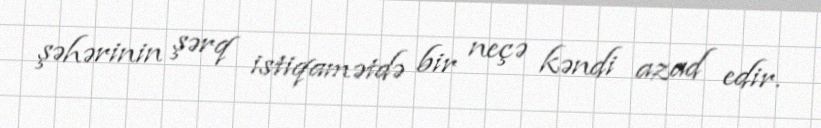
şəhərinin şərq istiqamətdə bir neçə kəndi azad edir.